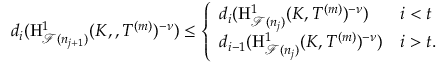
d _ { i } ( \mathrm { H } _ { \mathcal { F } ( n _ { j + 1 } ) } ^ { 1 } ( K , , T ^ { ( m ) } ) ^ { - \nu } ) \leq \left\{ \begin{array} { l l } { d _ { i } ( \mathrm { H } _ { \mathcal { F } ( n _ { j } ) } ^ { 1 } ( K , T ^ { ( m ) } ) ^ { - \nu } ) } & { i < t } \\ { d _ { i - 1 } ( \mathrm { H } _ { \mathcal { F } ( n _ { j } ) } ^ { 1 } ( K , T ^ { ( m ) } ) ^ { - \nu } ) } & { i > t . } \end{array} \right.